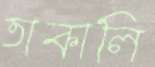
তাকালি